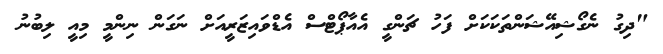
"ދިގު ނެގޯޝިއޭޝަންތަކަކަށް ފަހު ޗަންގީ އެއާޕޯޓްސް އެޑްވައިޒަރީއަށް ނަގަން ނިންމީ މިއީ ލިބުނު